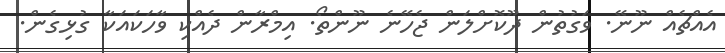
އެއްޗެއް ނޫނޭ. ވަގުތުން ދޫކޮށްލަން ޖެހޭނެ ނޫންތޯ. އިމްރާން ދެއްކި ވާހަކައަކާ ގުޅިގެން.